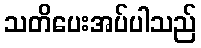
သတိပေးအပ်ပါသည်